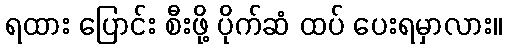
ရထား ပြောင်း စီးဖို့ ပိုက်ဆံ ထပ် ပေးရမှာလား။